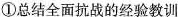
①总结全面抗战的经验教训